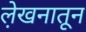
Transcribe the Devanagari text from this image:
ले़खनातून